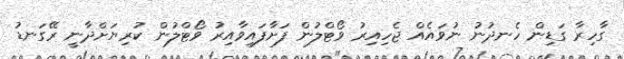
ގާހިރާ ގަޑިން ހެނދުނު ނުވައެއް ޖެހިއިރު ވޯޓްލުން ފަށާފައިވާއިރު ވޯޓްލުން ކުރިޔަށްދާނީ ރޭގަނޑު